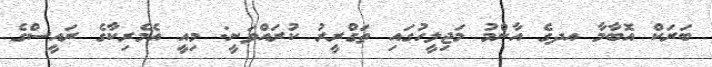
ބަރަކް އޮބާމާ އދގެ އާންމު މަޖިލީހުގައި ތަގްރީރު ކުރައްވަނީ: މިއީ އެމެރިކާގެ ރައީސްގެ